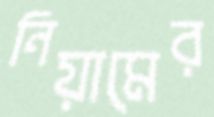
নিয়ামের